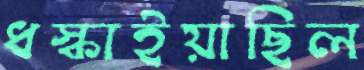
ধস্‌কাইয়াছিল